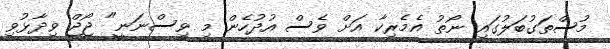
މުސްތަގުބަލުގައި ނޯތު އެމެރިކާ އަށް ވެސް އުދުހެން މި ވިސްނަނީ" ޖޯޖް ވިދާޅުވި